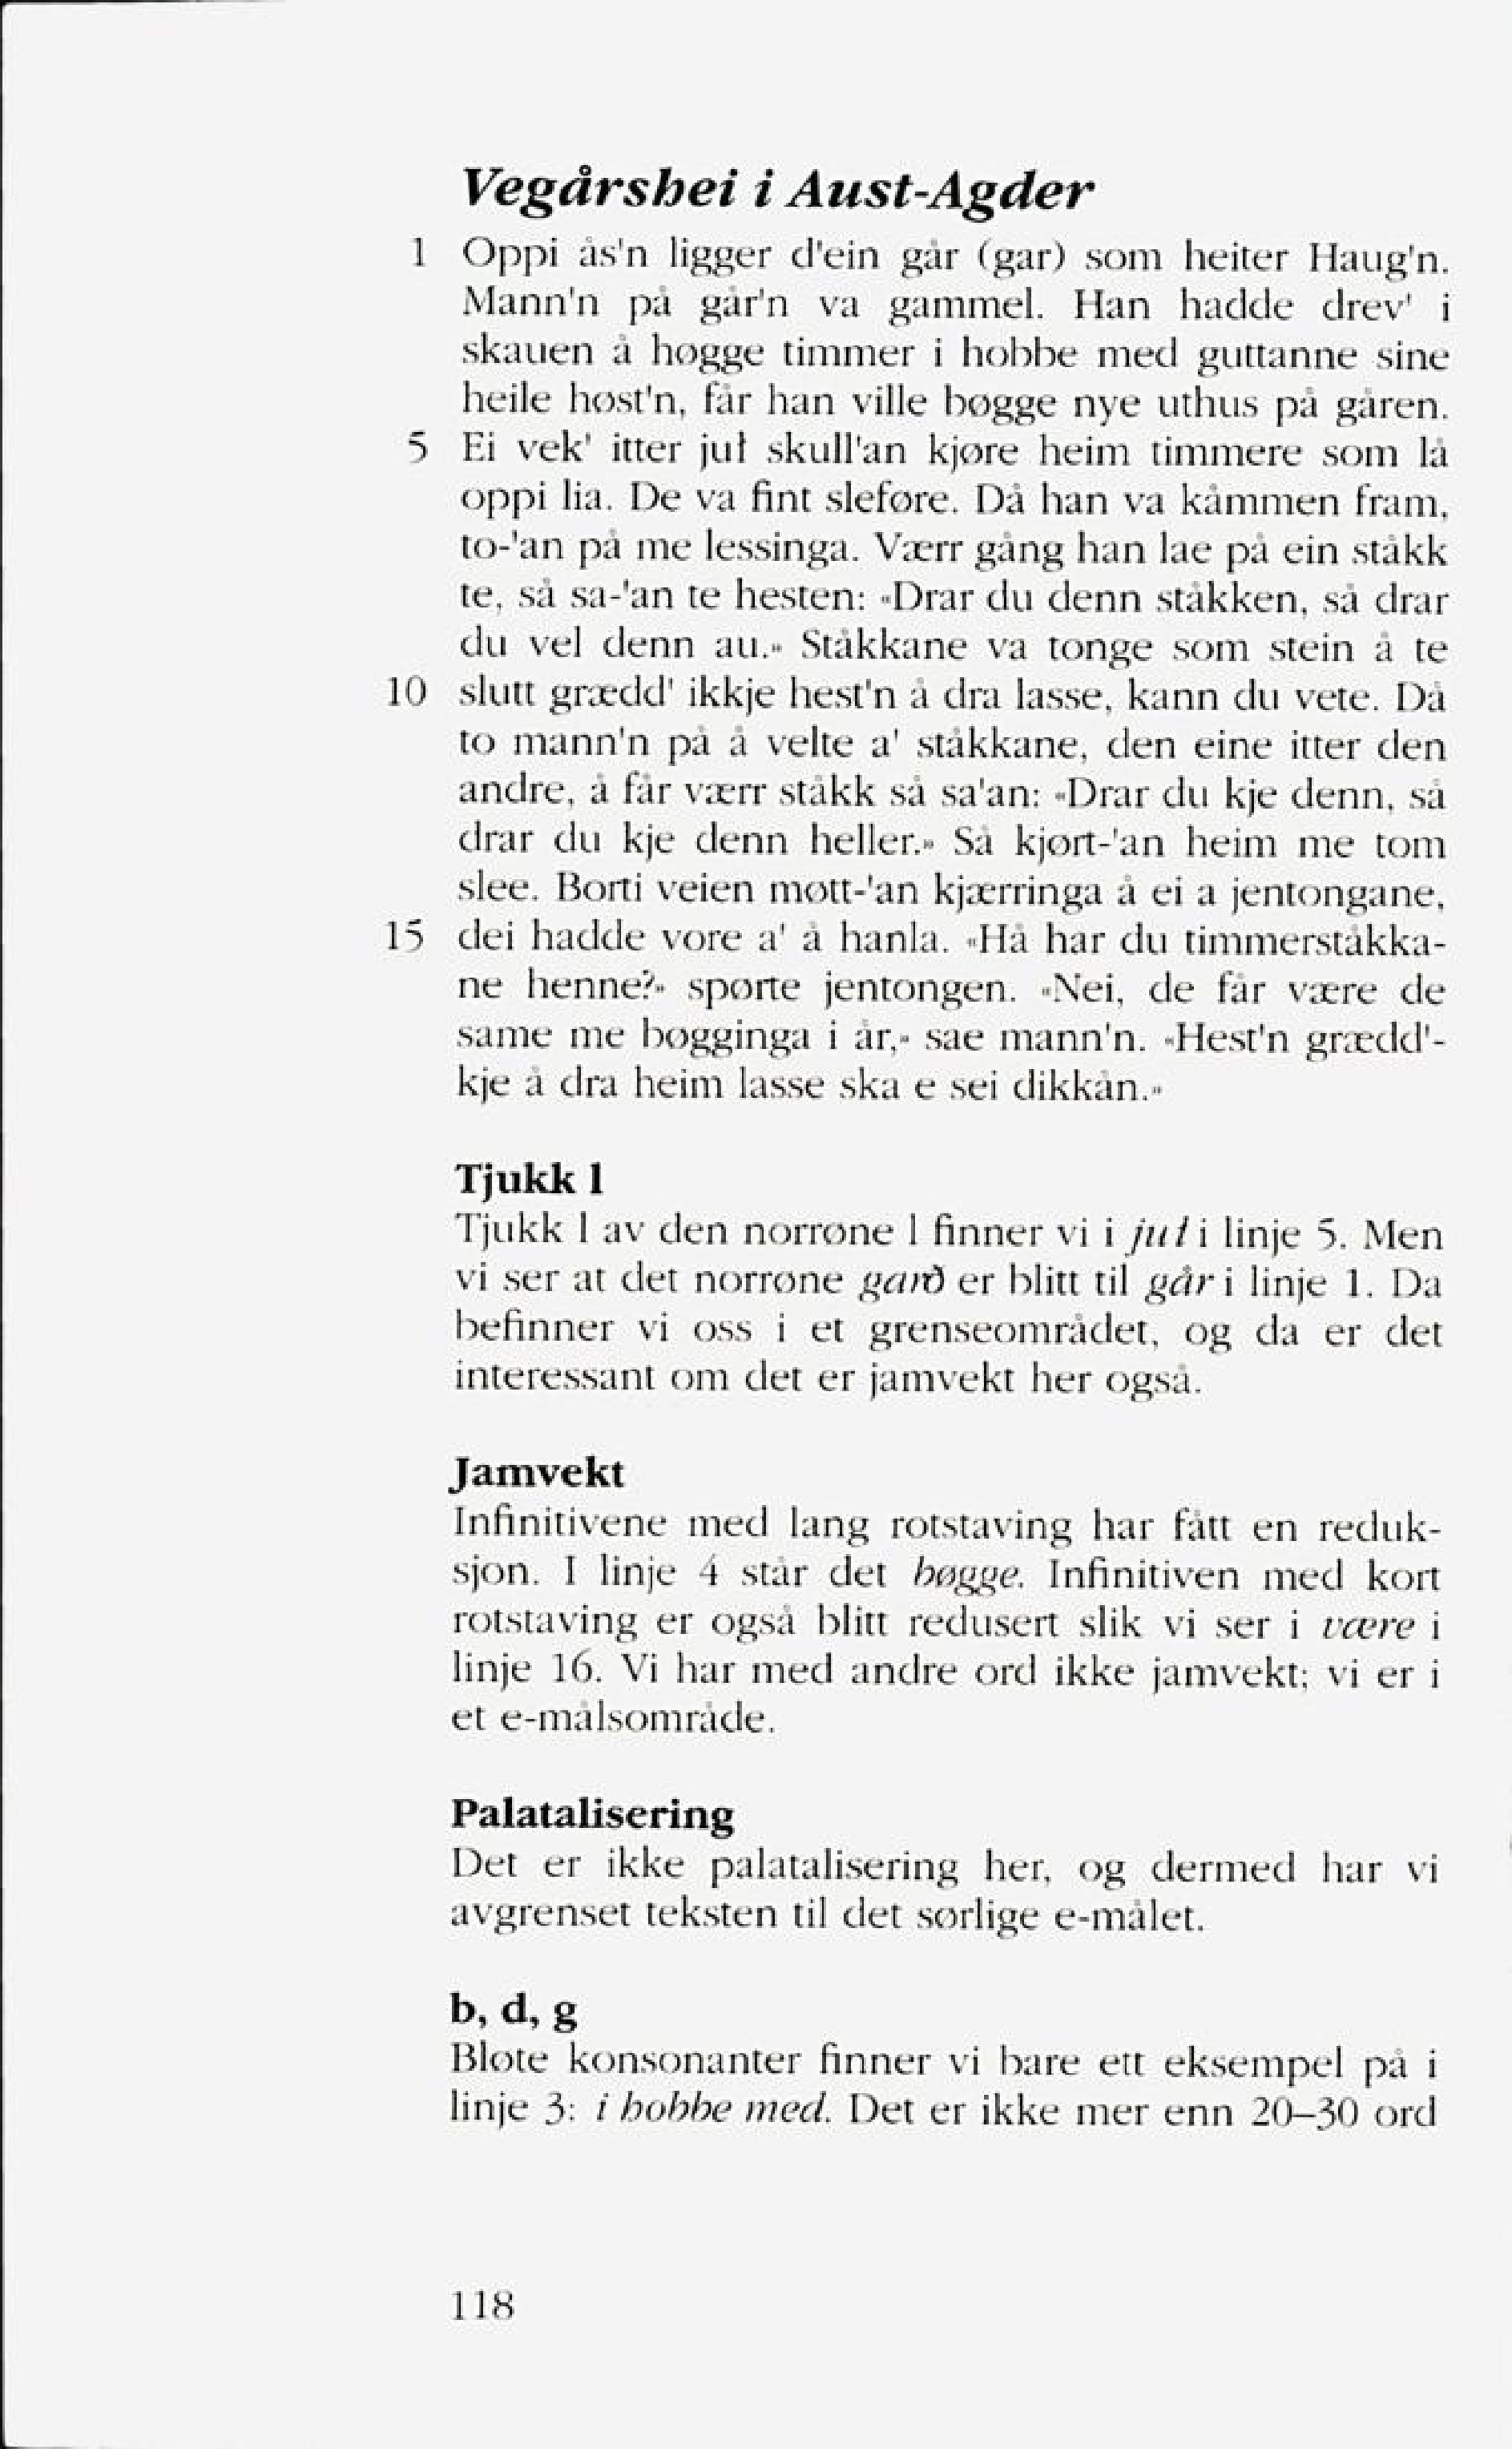
Language: no